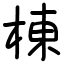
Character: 棟